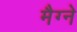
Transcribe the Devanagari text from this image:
मैग्ने